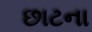
છાટના